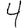
Digit: 4